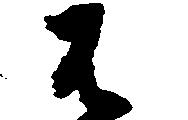
有